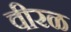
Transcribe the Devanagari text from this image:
वीरळ